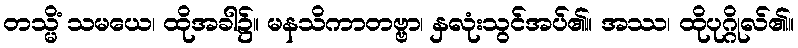
တသ္မိံ သမယေ၊ ထိုအခါ၌။ မနသိကာတဗ္ဗာ၊ နှလုံးသွင်အပ်၏။ အဿ၊ ထိုပုဂ္ဂိုလ်၏။